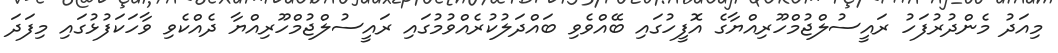
މިއަދު މެންދުރުފަހު ރައީސުލްޖުމްހޫރިއްޔާގެ އޮފީހުގައި ބޭއްވެވި ބައްދަލުކުރެއްވުމުގައި ރައީސުލްޖުމްހޫރިއްޔާ ދެއްކެވި ވާހަކަފުޅުގައި މިފަދަ